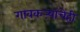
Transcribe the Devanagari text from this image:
गावकऱ्यांचेही